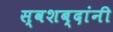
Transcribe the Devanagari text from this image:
स्वशब्दांनी